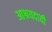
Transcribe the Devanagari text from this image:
आश्रयदायी